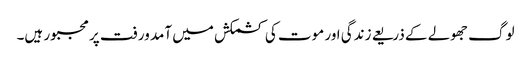
لوگ جھولے کے ذریعے زندگی اور موت کی کشمکش میں آمد ورفت پر مجبور ہیں۔